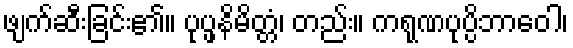
ဖျက်ဆီးခြင်း၏။ ပုပ္ဖနိမိတ္တံ၊ တည်း။ ကရုဏပုပ္ပိဘာဝေါ၊